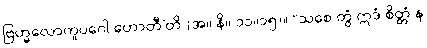
ဗြဟ္မလောကူပဂေါ ဟောတီ’တိ (အ။ နိ။ ၁၁။၁၅)။ “သစေ တွံ ဣဒံ စိတ္တံ န